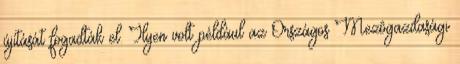
újítását fogadták el. Ilyen volt például az Országos Mezôgazdasági